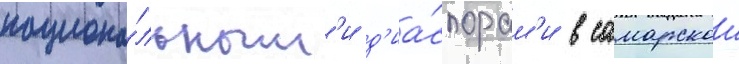
национа́льным'и д'иа́спорам'и в самарскои